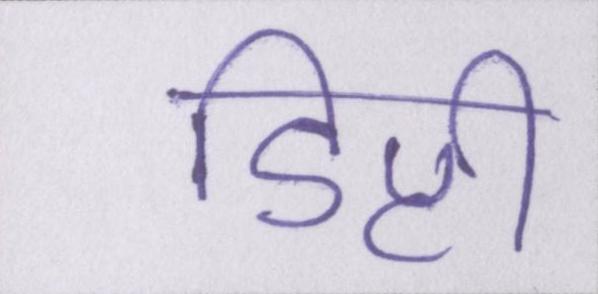
डिप्टी